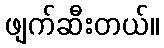
ဖျက်ဆီးတယ်။